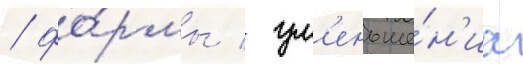
/ фо́рмы / ум'еньше́н'иа